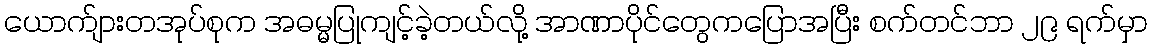
ယောက်ျားတအုပ်စုက အဓမ္မပြုကျင့်ခဲ့တယ်လို့ အာဏာပိုင်တွေကပြောအပြီး စက်တင်ဘာ ၂၉ ရက်မှာ